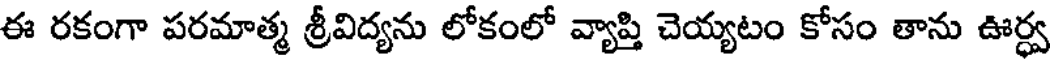
ఈ రకంగా పరమాత్మ శ్రీవిద్యను లోకంలో వ్యాప్తి చెయ్యటం కోసం తాను ఊర్ధ్వ